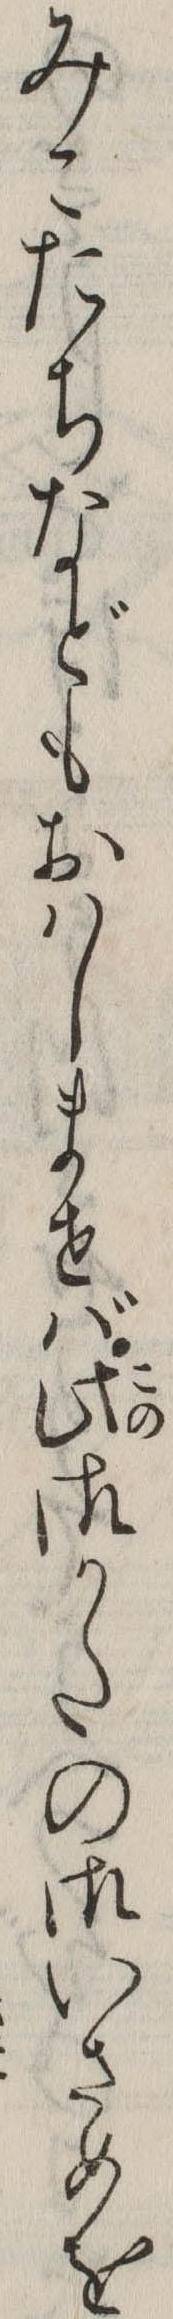
みこたちなどもおはしませば此御かたの御いさめを